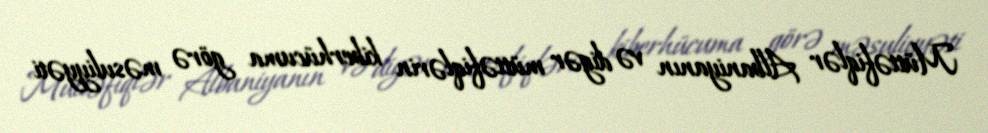
Müttəfiqlər Albaniyanın və digər müttəfiqlərin kiberhücuma görə məsuliyyəti